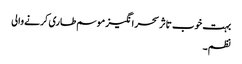
بہت خوب تاثر سحر انگیز موسم طاری کرنے والی
نظم۔